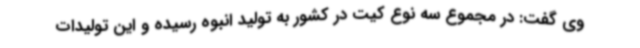
وی گفت: در مجموع سه نوع کیت در کشور به تولید انبوه رسیده و این تولیدات